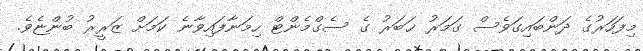
މިފަހަރުގެ ދަންބައިގަވެސް ގަމަރު ޚަބަރު ގެ ސެގްމެންޓް ހިމަނާފައިވާނެ ކަމަށް ޒަރީރު ބުންޏެވެ.